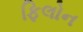
ફિલોન